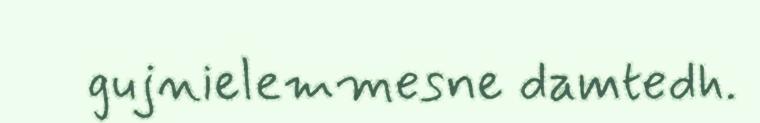
gujnielemmesne damtedh.